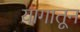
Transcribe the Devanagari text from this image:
यागातून